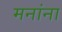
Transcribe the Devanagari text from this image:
मनांना